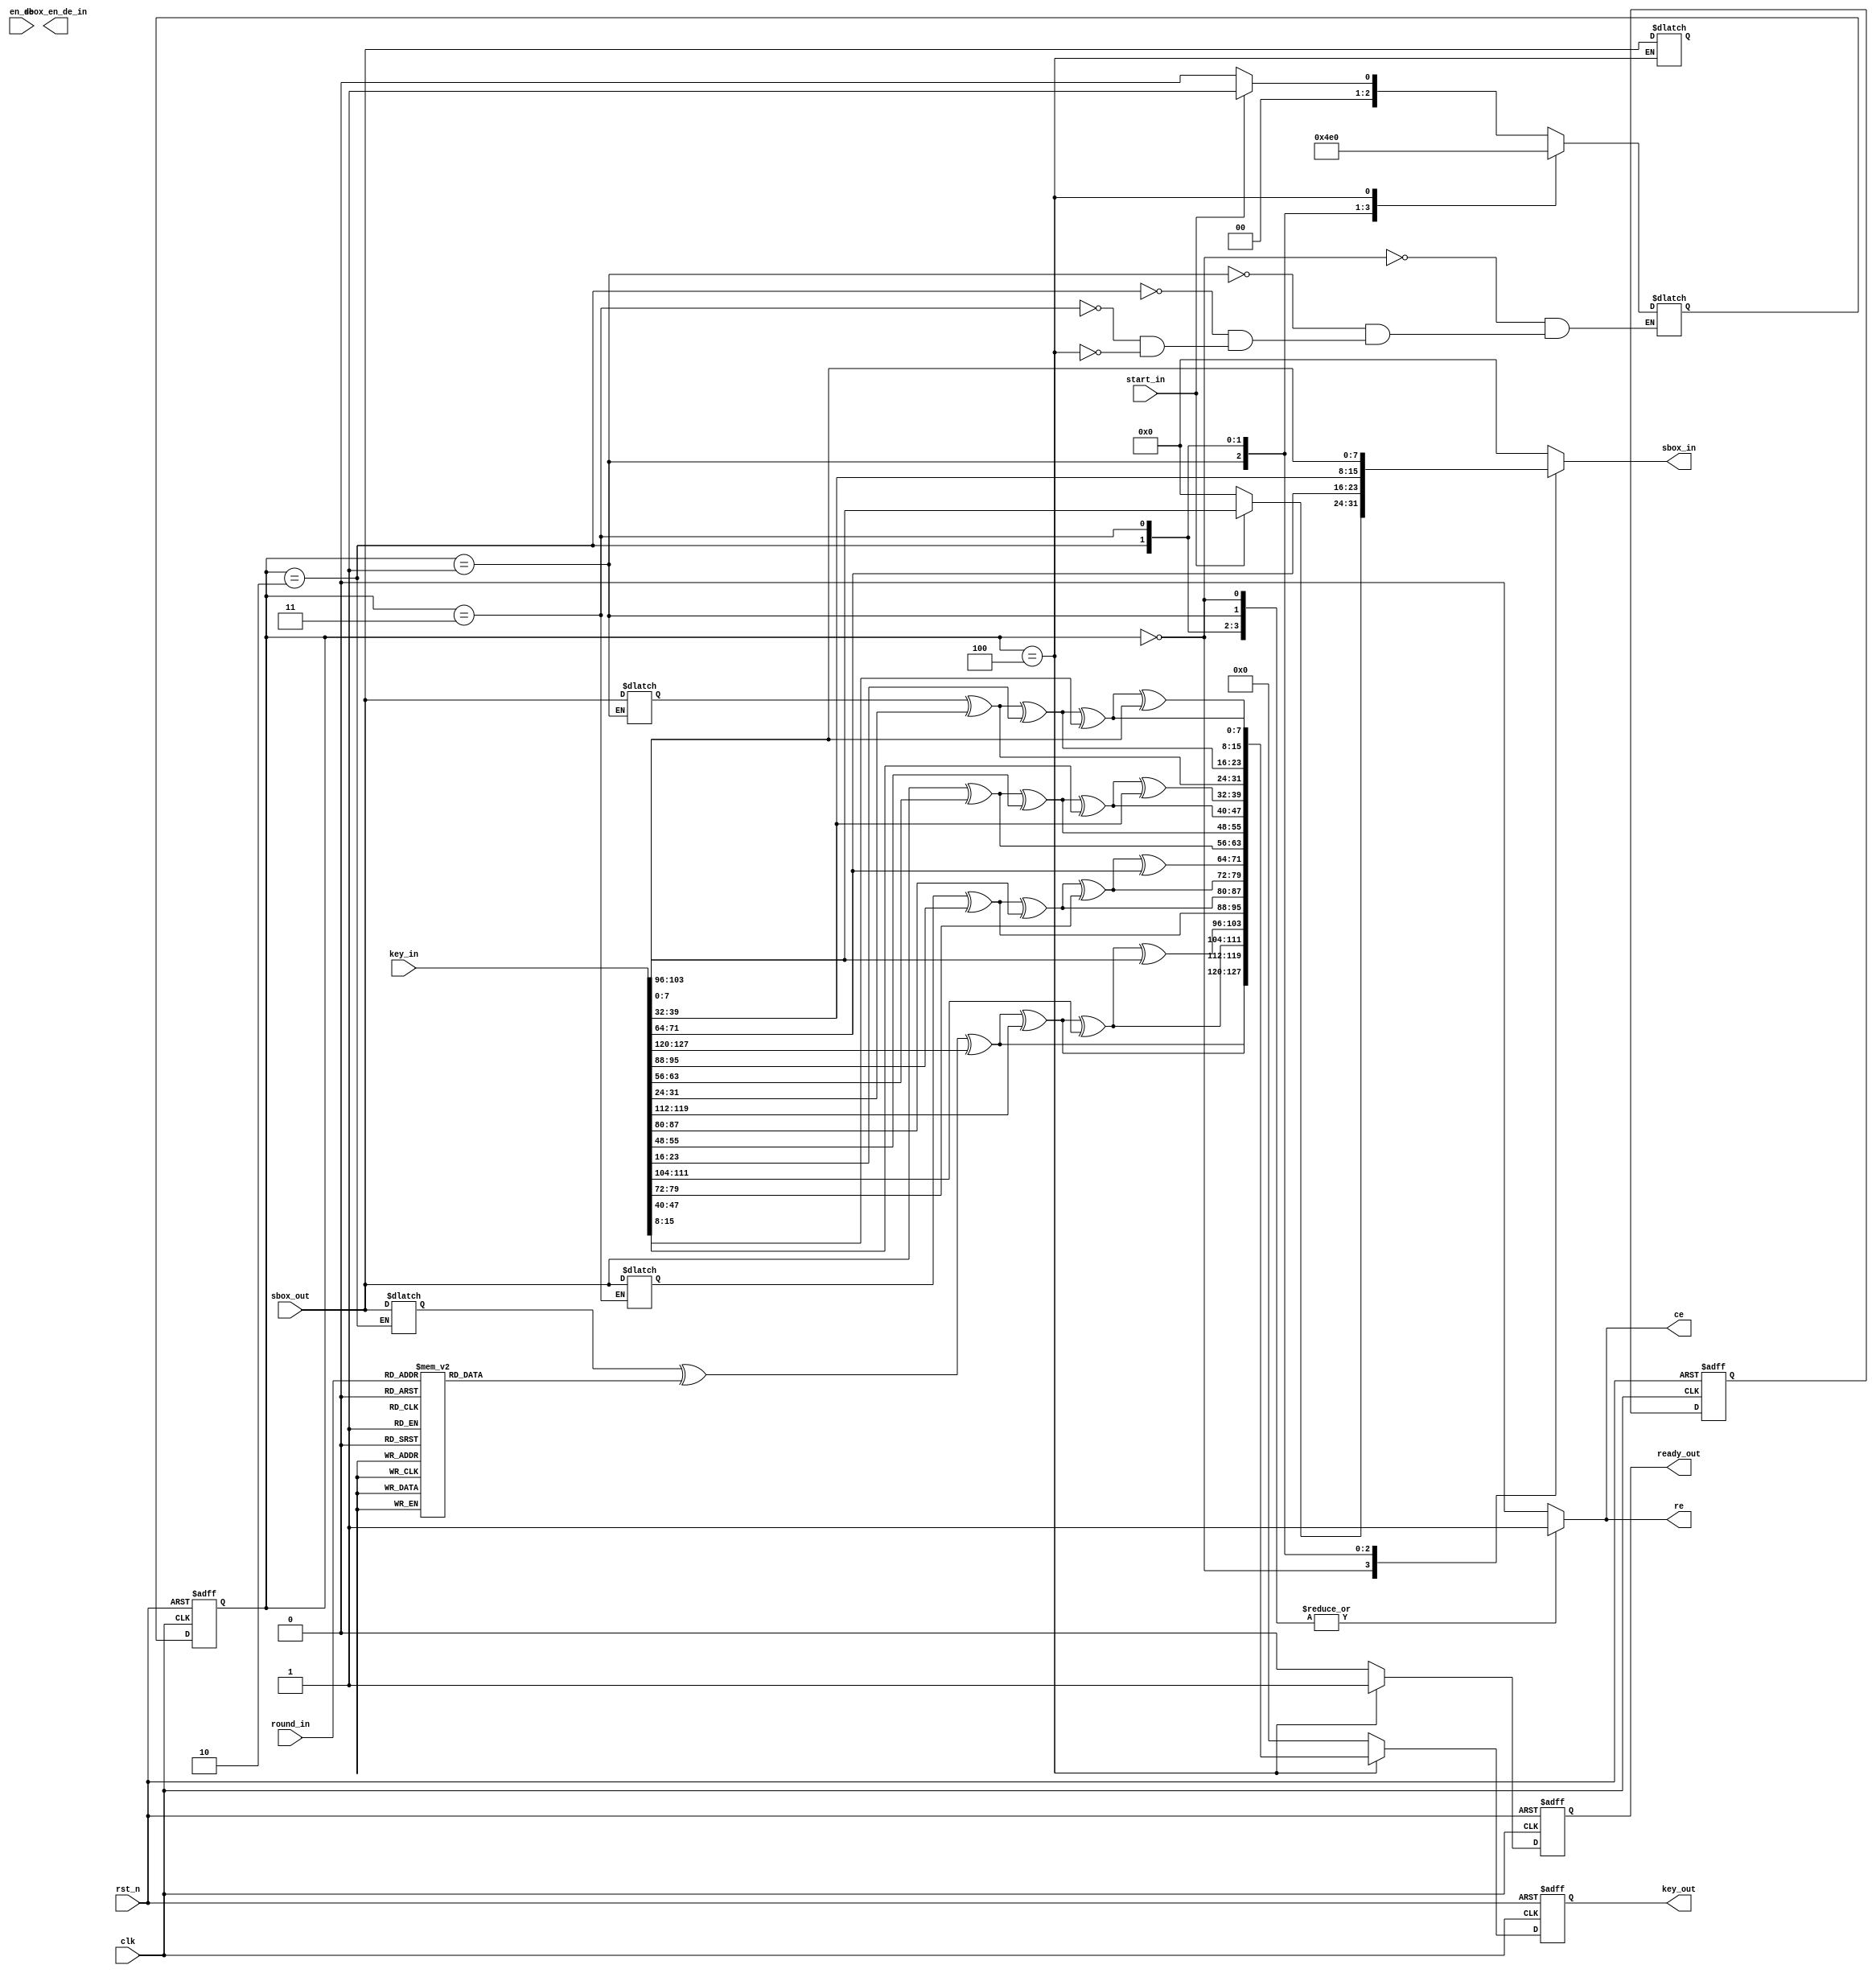
/**********************************************************************
					KEYEXPANSION MODULE
	note: takes in 128 bit key and expand it according to the AES
			standard
***********************************************************************/
module	keyexp	(
/*****  INPUT 																			*/
	/*****	DATA SIGNALS																*/
	input wire				clk,
	input wire				rst_n,
	input wire	[127:0]		key_in,
	input wire	[7:0]		sbox_out,	//data that comes from SBOX module
	input wire	[3:0]		round_in,	//indicating which round the AES is in
/*****	OUTPUT																			*/
	output reg	[127:0]		key_out,
	output reg	[7:0]		sbox_in,	//data that goes into SBOX module for data lookup
	output reg				sbox_en_de_in,		//1: encryption,	0:decryption
	output reg				ce,
	output reg				re,
	output reg				ready_out,

	/*****	CONTROL SIGNALS																*/
	input wire				start_in,
	input wire				en_de			
);

/***************************************************
		REGISTERS
***************************************************/
reg		[127:0]		nxt_key_out, key_temp;
reg					nxt_ready_out;
reg		[2:0]		ctn, nxt_ctn;
reg		[7:0]		rcon;
reg		[31:0]		col_t;

always @ (posedge clk or negedge rst_n) begin
	if (!rst_n) begin
		key_out 		<=	128'h0;
		ready_out		<=	1'b0;
		ctn				<=	4'h0;
		col_t			<=	32'h0;
	end

	else begin
		key_out			<=	nxt_key_out;
		ready_out		<=	nxt_ready_out;
		ctn				<=	nxt_ctn;
	end
end

/***************************************************
		RCON
***************************************************/
always @ (round_in) begin
	case (round_in)
		1: rcon = (8'h1);
		2: rcon = (8'h2);
		3: rcon = (8'h4);
		4: rcon = (8'h8);
		5: rcon = (8'h10);
		6: rcon = (8'h20);
		7: rcon = (8'h40);
		8: rcon = (8'h80);
		9: rcon = (8'h1b);
		10: rcon = (8'h36);
		default: rcon = 0;
	endcase
end

always @ (start_in or en_de or ctn or key_in or col_t or key_temp) begin

	ce = 0;
	re = 0;
	sbox_in = 8'h0;
	nxt_key_out = 128'h0;
	nxt_ready_out = 1'b0;

	case (ctn)
		0: begin
			if(start_in) begin
				sbox_in = key_in[103:96];
				ce = 1;
				re = 1;
				nxt_ctn = 1;
			end
			else begin
				ce = 1;
				re = 1;
				sbox_in = 0;
				nxt_ctn = 0;
			end
		end

		1: begin
			sbox_in = key_in[71:64];
			col_t[7:0] = sbox_out;
			ce = 1;
			re = 1;
			nxt_ctn = 2;
		end

		2: begin
			sbox_in = key_in[39:32];
			col_t[31:24] = sbox_out;
			ce = 1;
			re = 1;
			nxt_ctn = 3;
		end

		3: begin
			sbox_in = key_in[7:0];
			col_t[23:16] = sbox_out;
			ce = 1;
			re = 1;
			nxt_ctn = 4;
		end

		4: begin
			col_t[15:8] = sbox_out;
			//first column of new key
			key_temp[127:120]	=	col_t[31:24] ^ rcon ^ key_in[127:120];
			key_temp[95:88]		=	col_t[23:16] ^ key_in[95:88];
			key_temp[63:56]		=	col_t[15:8]	 ^ key_in[63:56];
			key_temp[31:24]		=	col_t[7:0]	 ^ key_in[31:24];

			//second column of new key
			key_temp[119:112]	=	key_temp[127:120] ^ key_in[119:112];
			key_temp[87:80]		=	key_temp[95:88]	  ^ key_in[87:80];
			key_temp[55:48]		=	key_temp[63:56]	  ^ key_in[55:48];
			key_temp[23:16]		=	key_temp[31:24]	  ^ key_in[23:16];

			//third column of new key
			key_temp[111:104]	=	key_temp[119:112] ^ key_in[111:104];
			key_temp[79:72]		=	key_temp[87:80]	  ^ key_in[79:72]; 
			key_temp[47:40]		=	key_temp[55:48]	  ^ key_in[47:40];	 
			key_temp[15:8]		=	key_temp[23:16]	  ^ key_in[15:8];	 
			
			//fourth column of new key
			key_temp[103:96]	=	key_temp[111:104] ^ key_in[103:96];
			key_temp[71:64]		=	key_temp[79:72]	  ^ key_in[71:64];	   
			key_temp[39:32]		=	key_temp[47:40]	  ^ key_in[39:32];	   
			key_temp[7:0]		=	key_temp[15:8]	  ^ key_in[7:0];
			
			//
			nxt_ready_out = 1;
			nxt_ctn		  = 0;
			nxt_key_out	  = key_temp;
		end
	endcase

end

endmodule